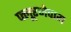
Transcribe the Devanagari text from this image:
फ्लूरजेपाम